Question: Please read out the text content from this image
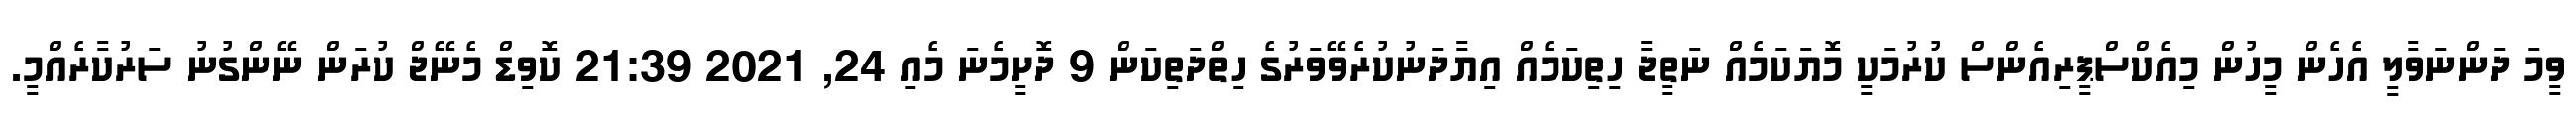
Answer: ވީމަ ދަންނަވާލީ އެހެން މީހުން މިއެކްސްޕީރިއެންސް ކުރުމަކީ މޮޔަކަމެއް ނަތީޖާ ހިތިކަމެއް އިޔާދަނުކުރެވޭވަރުގެ ހިތްދަތިކަން 9 ދޮށީމެނަ މެއި 24, 2021 21:39 ކޮވިޑް މެނޭޖް ކުރަން ނޭންގުނު ސަރުކާރެއްމީ.